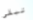
تبقي